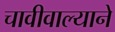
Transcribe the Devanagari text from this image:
चावीवाल्याने